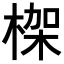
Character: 𣕧